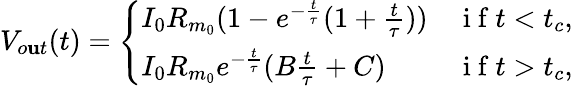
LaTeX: V_{o\mathbf{u}t}(t)=\left\{ \begin{array}{ll}{I_{0}R_{m_{0}}(1-e^{-\frac{t}{\tau}}(1+\frac{t}{\tau}))}&{\mathrm{~i~f~}t<t_{c},}\\ {I_{0}R_{m_{0}}e^{-\frac{t}{\tau}}(B\frac{t}{\tau}+C)}&{\mathrm{~i~f~}t>t_{c},}\end{array}\right.